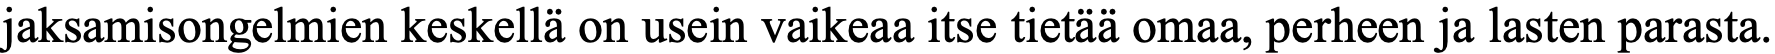
jaksamisongelmien keskellä on usein vaikeaa itse tietää omaa, perheen ja lasten parasta.